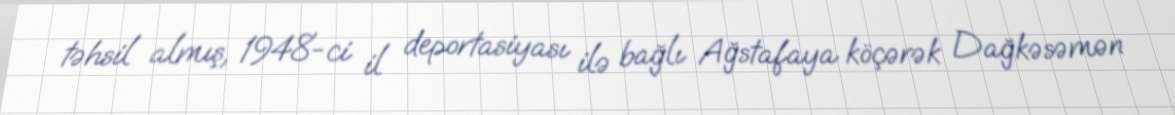
təhsil almış, 1948-ci il deportasiyası ilə bağlı Ağstafaya köçərək Dağkəsəmən